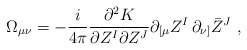
\begin{align*}\Omega_{\mu\nu}=-\frac i{4\pi} \frac{\partial^2 K}{\partial Z^I\partial Z^J}\partial_{[\mu}Z^I\,\partial_{\nu]}\bar Z^J\ ,\end{align*}